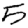
Digit: 5